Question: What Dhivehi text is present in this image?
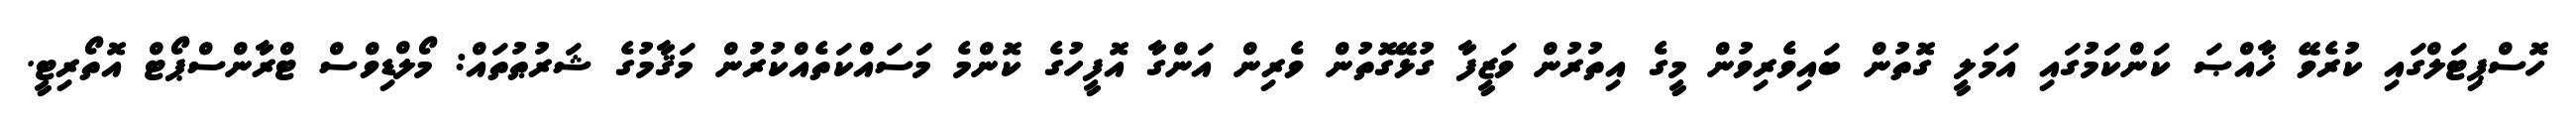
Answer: ހޮސްޕިޓަލްގައި ކުރެވޭ ޚާއްޞަ ކަންކަަމުގައި އަމަލީ ގޮތުން ބައިވެރިވުން މީގެ އިތުރުން ވަޒީފާ ގުޅޭގޮތުން ވެރިން އަންގާ އޮފީހުގެ ކޮންމެ މަސައްކަތެއްކުރުން މަޤާމުގެ ޝަރުޠުތައް: މޯލްޑިވްސް ޓްރާންސްޕޯޓް އޮތޯރިޓީ.